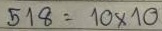
518 = 10 x 10